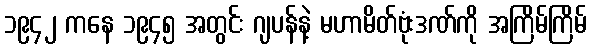
၁၉၄၂ ကနေ ၁၉၄၅ အတွင်း ဂျပန်နဲ့ မဟာမိတ်ဗုံးဒဏ်ကို အကြိမ်ကြိမ်